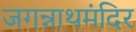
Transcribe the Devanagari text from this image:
जगन्नाथमंदिर